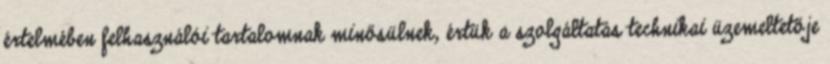
értelmében felhasználói tartalomnak minősülnek, értük a szolgáltatás technikai üzemeltetője